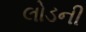
લોડની